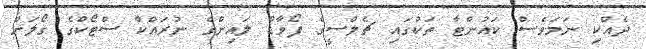
ދެއްކި ނަމަވެސް ކައުންޓާ ތަކުގައި ޗެލްސީގެ ފޯވާޑް ލައިންގެ ނުރައްކާ ސްޓޯކްގެ ގޯލަށް